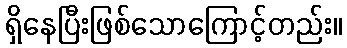
ရှိနေပြီးဖြစ်သောကြောင့်တည်း။